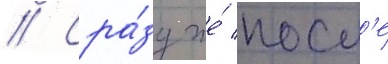
// Сра́зу же́ посл'е